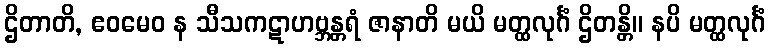
ဌိတာတိ, ဧဝမေဝ န သီသကဋာဟဗ္ဘန္တရံ ဇာနာတိ မယိ မတ္ထလုင်္ဂံ ဌိတန္တိ။ နပိ မတ္ထလုင်္ဂံ